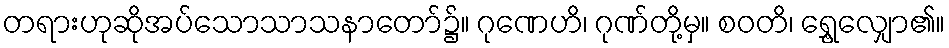
တရားဟုဆိုအပ်သောသာသနာတော်၌။ ဂုဏေဟိ၊ ဂုဏ်တို့မှ။ စဝတိ၊ ရွှေ့လျှော၏။